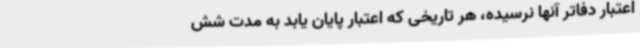
اعتبار دفاتر آنها نرسیده، هر تاریخی که اعتبار پایان یابد به مدت شش